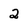
Character: 2